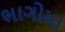
ભાગોમા